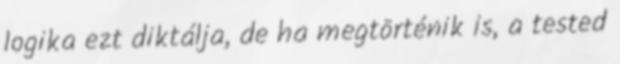
logika ezt diktálja, de ha megtörténik is, a tested